Report on lock hospitals in British Burma
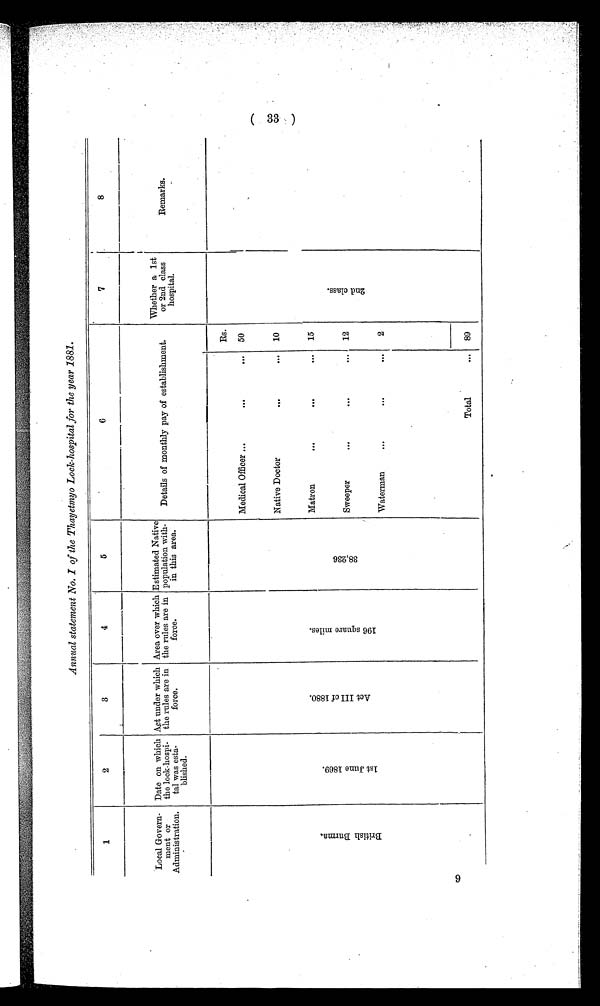
Annual statement No. I of the Thayetmyo Lock-hospital for the year 1881.
1
2
3
4
5
6
7
8
Local Govern-
meat or
Administration.
Date on which
the lock-hospi-
tal was esta-
blished.
Act under which
the rules are in
force.
Area over which
the rules are in
force.
Estimated Native
population with-
in this area.
Details of monthly pay of establishment .
Whether a 1st
or 2nd class
hospital.
Remarks.
B r i t i s h B u r m a .
1 s t J u n e 1 8 6 9 .
A c t I I I o f 1 8 8 0 .
1 9 6 s q u a r e m i l e s .
3 8 , 2 3 6
Rs.
2 n d c l a s s .
Medical Officer ...
...
. . . 50
Native Doctor
...
. . . 10
Matron
...
...
. . . 15
Sweeper
...
...
. . 12
Waterman
...
...
. . .
2
Total
... 89